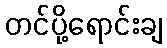
တင်ပို့ရောင်းချ